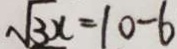
\sqrt { 3 x } = 1 0 - 6